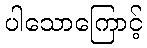
ပါသောကြောင့်